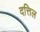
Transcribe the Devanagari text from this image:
दत्तिल